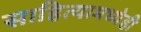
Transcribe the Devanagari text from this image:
साहित्यामध्येही